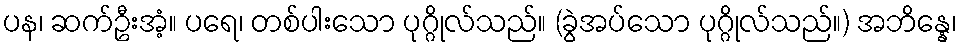
ပန၊ ဆက်ဦးအံ့။ ပရေ၊ တစ်ပါးသော ပုဂ္ဂိုလ်သည်။ (ခွဲအပ်သော ပုဂ္ဂိုလ်သည်။) အဘိန္နေ၊